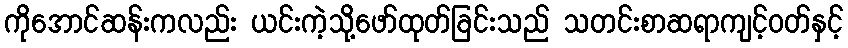
ကိုအောင်ဆန်းကလည်း ယင်းကဲ့သို့ဖော်ထုတ်ခြင်းသည် သတင်းစာဆရာကျင့်ဝတ်နှင့်